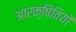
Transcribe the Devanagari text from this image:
आरक्षितियों